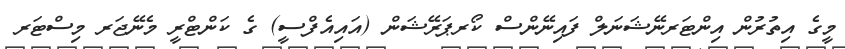
މީގެ އިތުރުން އިންޓަރނޭޝަނަލް ފައިނޭންސް ކޯރޕަރޭޝަން (އައިއެފްސީ) ގެ ކަންޓްރީ މެނޭޖަރ މިސްޓަރ